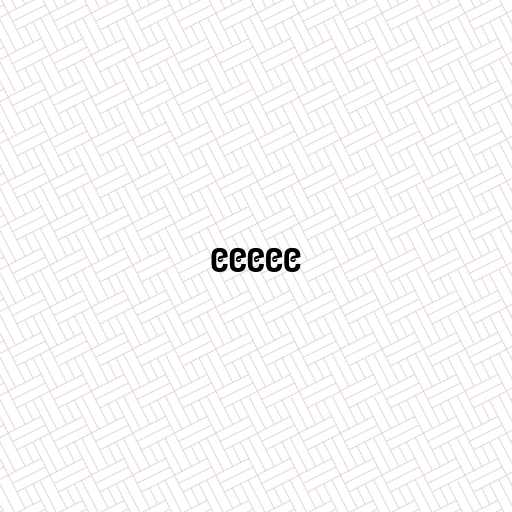
၉၉၉၉၉